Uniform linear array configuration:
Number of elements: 4
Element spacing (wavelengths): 0.75
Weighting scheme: kaiser
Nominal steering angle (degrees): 30
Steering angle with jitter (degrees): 28.714
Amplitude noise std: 0.05
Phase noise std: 0.05

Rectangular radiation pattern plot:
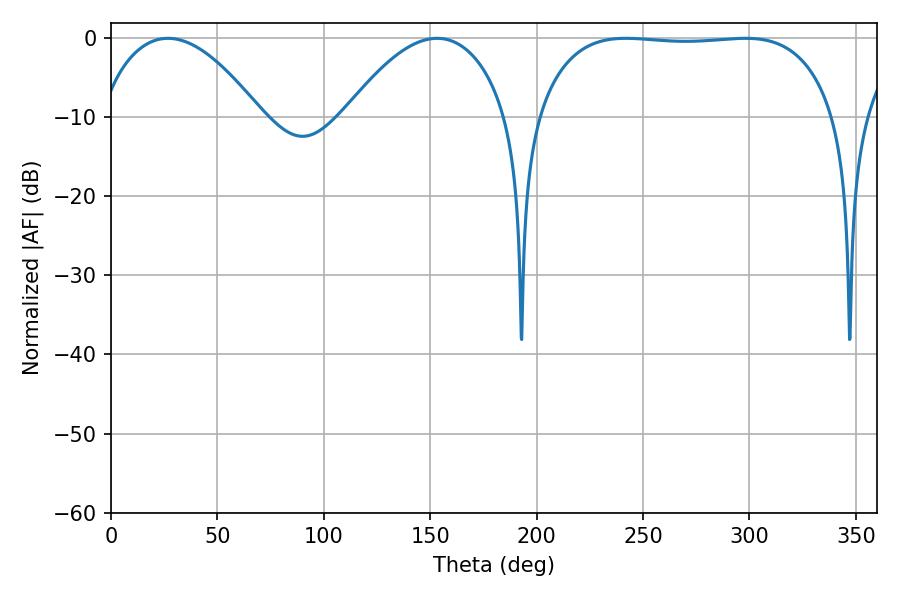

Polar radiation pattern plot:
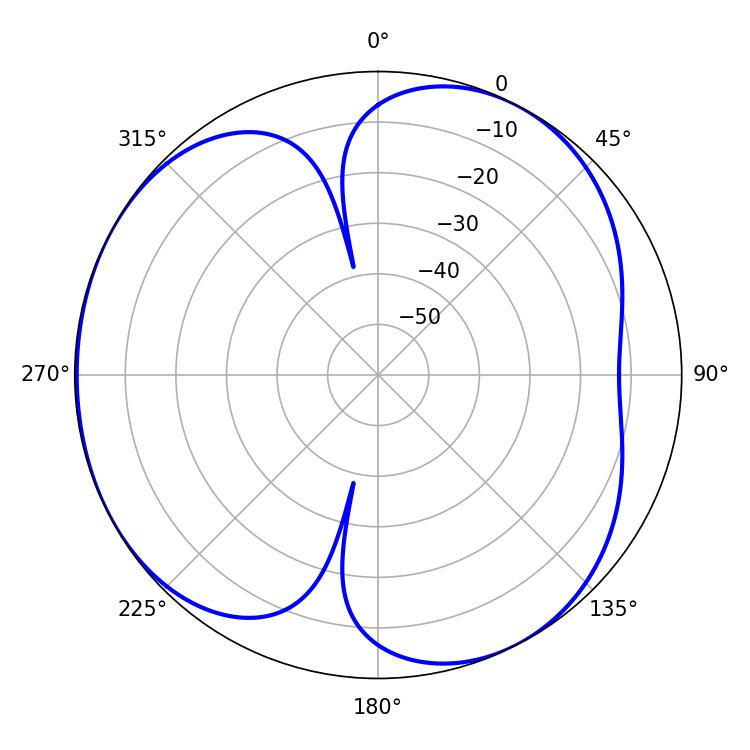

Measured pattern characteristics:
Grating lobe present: TRUE
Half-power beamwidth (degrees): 110.52
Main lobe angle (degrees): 241.92